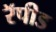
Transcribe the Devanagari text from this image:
रॅपीड